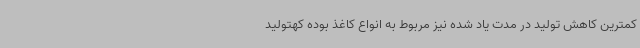
کمترین کاهش تولید در مدت یاد شده نیز مربوط به انواع کاغذ بوده کهتولید